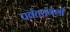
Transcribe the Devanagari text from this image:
पर्वतरांगेशी